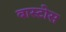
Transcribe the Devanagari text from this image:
बास्टोस